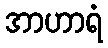
အာဟာရံ